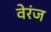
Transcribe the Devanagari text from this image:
वेरंज